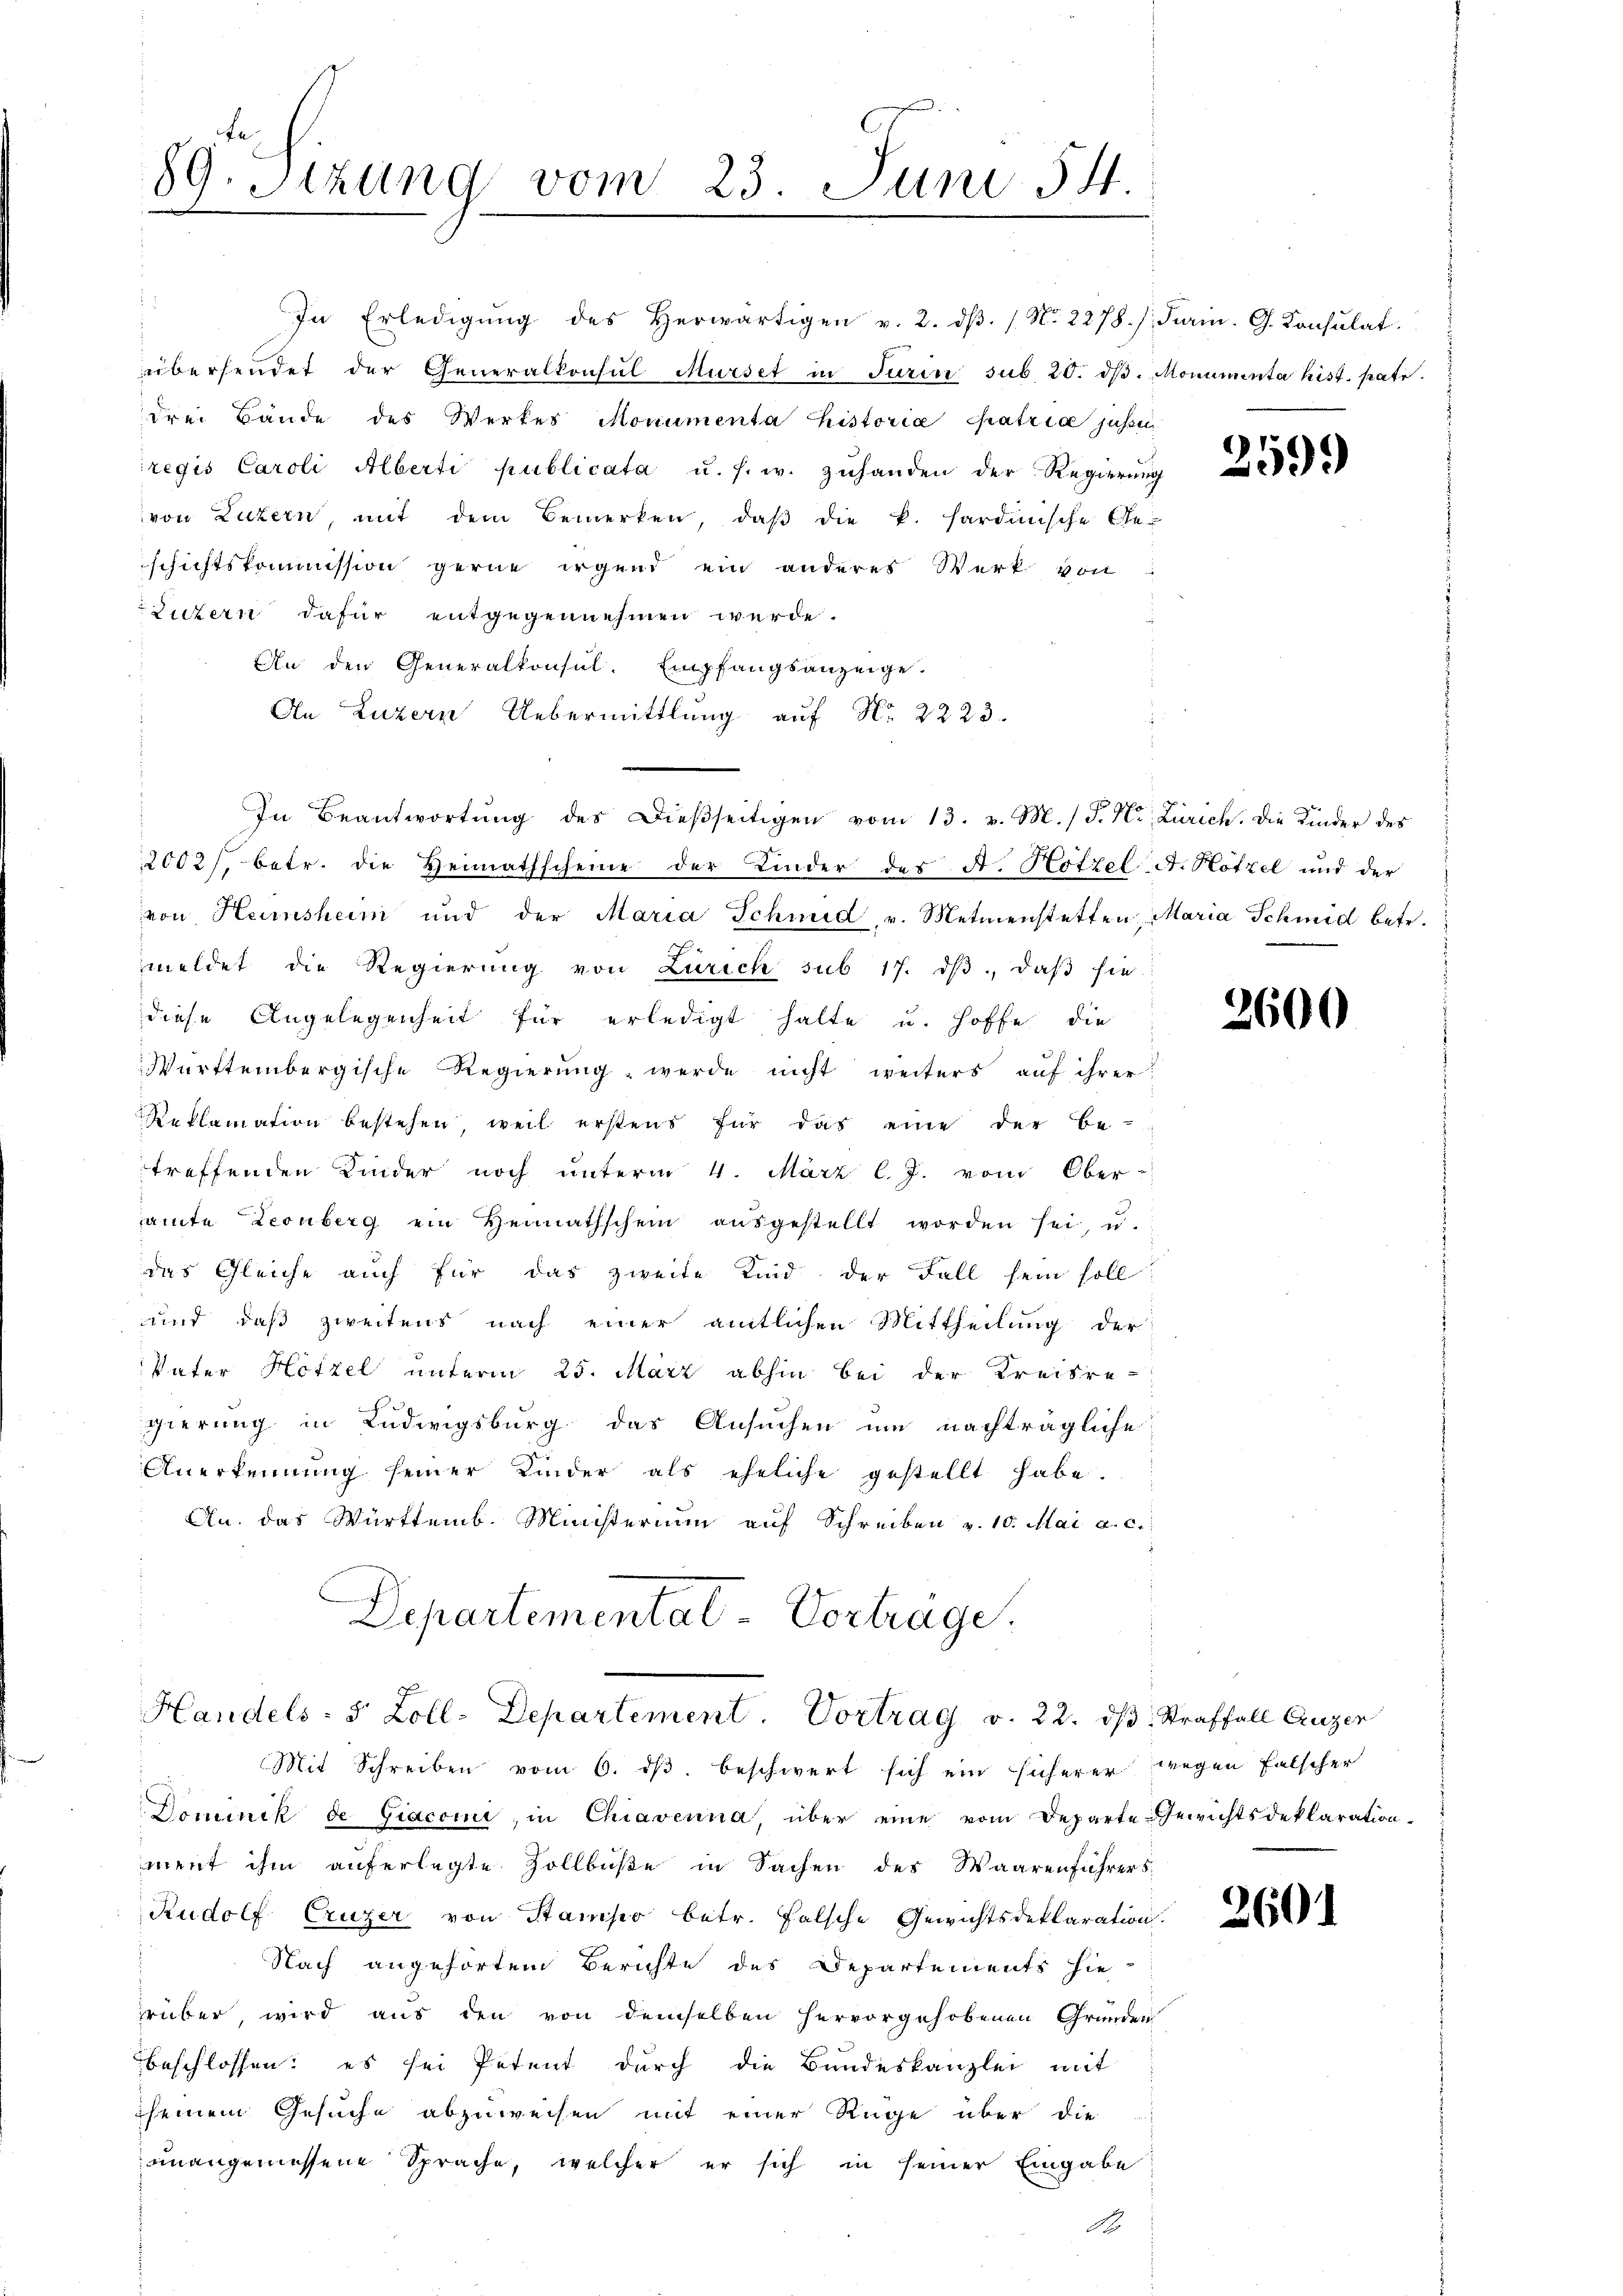
89. Sizung vom 23. Juni 54.

In Erledigŭng des herwärtigen v. 2. dβ. / N. 2278. / Firin. G. Konsulat
übersendet der Generalkonsul Musset in Turin sub 20. dβ. Monumenta hist. patr
drei Bände des Werkes Monumenta historia Patria jussi
regis Caroli Alberti publicata u. s. w. zuhanden der Regierung
von Luzern, mit dem Bemerken, daβ die k. hardinische Ge-
schichtskommission gerne irgend ein anderes Werk von
Luzern dafür entgegennehmen werde.
An den Generalkonsul. Empfangsanzeige.
An Luzern Uebermittlung auf Nr. 2223.
In Beantwortŭng des Dieβseitigen vom 13. v. M. / P. Nr. Zürich. Die Kinder des
2002/, betr. die Heimathscheine der Kinder des A. Hotzel A. Hötzel und der
von Heinsheim und der Maria Schmid v. Metmenstetten Maria Schmid betr.
meldet die Regierŭng von Zürich sub 17. dβ. daβ sie
diese Angelegenheit für erledigt hatte u. hoffe, die
Württembergische Regierŭng werde nicht weiters auf ihrer
Reklamation bestehen weil erstens für das eine der Be-
treffenden Kinder noch unterm 4. März l. J. vom Ober-
amte Leonberg ein Heimathschein aŭsgestellt worden sei, u.
das Gleiche auch für das zweite Kind der Fall sein soll
und daß zweitens nach einer amtlichen Mittheilung der
Vater Hötzel unterm 25. März abhin bei der Kreisre-
gierung in Ludwigsburg das Ansuchen um nachträgliche
Anerkennung seiner Kinder als eheliche gestellt habe.
An. das Württemb. Ministerium auf Schreiben v. 10. Mai a. c.
Departementat Vortrage.

Handels- 5 Zoll-Departement. Vortrag v. 22. ds Straffall Cruzer

Mit Schreiben vom 6. dβ beschwert sich ein sicherer wegen falscher
Dominik de Giaconi, in Chiavenna, über eine vom Departe-Gewichtsdeklaration
ment ihm auferlegte Zollbüßte in Sachen des Waarenführers
Rudolf Cruzer von Stamper betr. Falsche Gewichtsdeklaration.
Nach angehörtem Berichte des Departements hie
rüber, wird aus den von demselben hervorgehobenen Gründen
beschlossen: es sei Petent durch die Bundeskanzlei mit
seinem Gesuche abzuweisen mit einer Rüge über die
unangemessene Sprache, welcher er sich in seiner Eingabe
A

2599

2600

260.